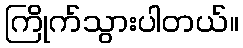
ကြိုက်သွားပါတယ်။